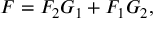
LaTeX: F = F _ { 2 } G _ { 1 } + F _ { 1 } G _ { 2 } ,